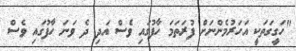
"ހަގީގަތަކީ އަހަރުމެންނަށް ފުރަތަމަ ހާފުގައި ވެސް އަދި ދެ ވަނަ ހާފުގައި ވެސް